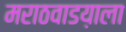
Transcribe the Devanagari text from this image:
मराठवाडय़ाला